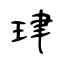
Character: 珒